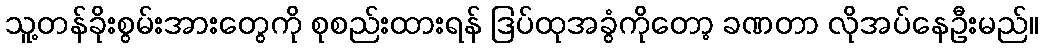
သူ့တန်ခိုးစွမ်းအားတွေကို စုစည်းထားရန် ဒြပ်ထုအခွံကိုတော့ ခဏတာ လိုအပ်နေဦးမည်။